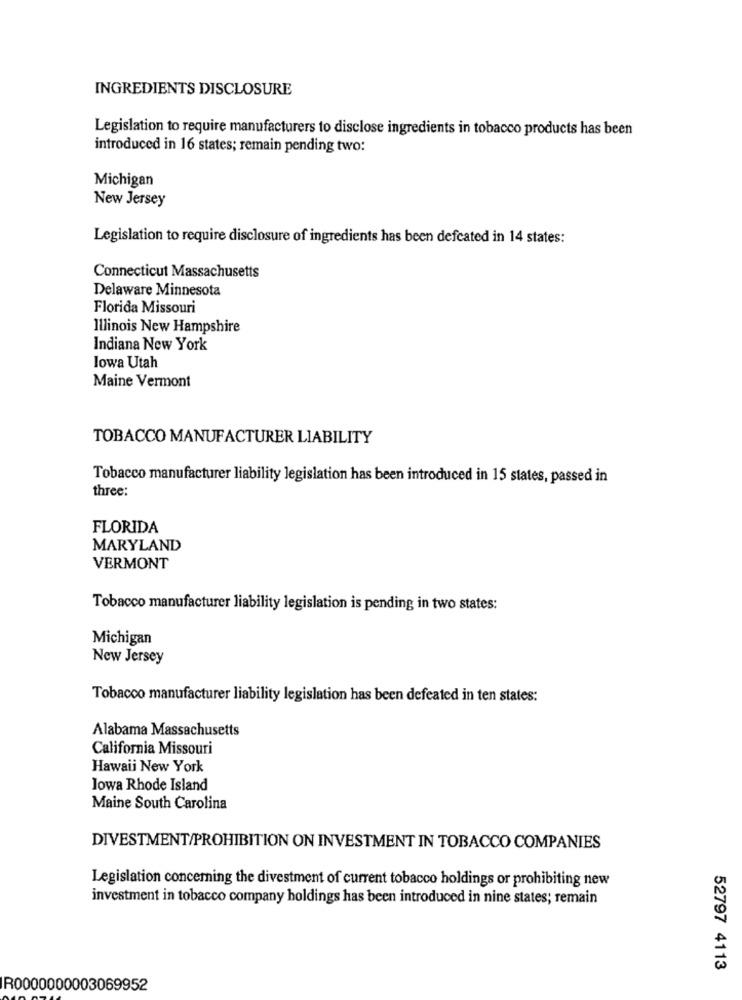
INGREDIENTS DISCLOSURE
Legislation to require manufacturers to disclose ingredients in tobacco products has been
introduced in 16 states; remain pending two:
Michigan
New Jersey
Legislation to require disclosure of ingredients has been defcated in 14 states:
Connecticut Massachusetts
Delaware Minnesota
Florida Missouri
Illinois New Hampshire
Indiana New York
lowa Utah
Maine Vermont
TOBACCO MANUFACTURER LIABILITY
Tobacco manufacturer liability legislation has been introduced in 15 states, passed in
three:
FLORIDA
MARYLAND
VERMONT
Tobacco manufacturer liability legislation is pending in two states:
Michigan
New Jersey
Tobacco manufacturer liability legislation has been defeated in ten states:
Alabama Massachusetts
California Missouri
Hawaii New York
lowa Rhode Island
Maine South Carolina
DIVESTMENT/PROHIBITION ON INVESTMENT IN TOBACCO COMPANIES
Legislation concerning the divestment of current tobacco holdings or prohibiting new
investment in tobacco company holdings has been introduced in nine states; remain
52797 4113
R0000000003069952